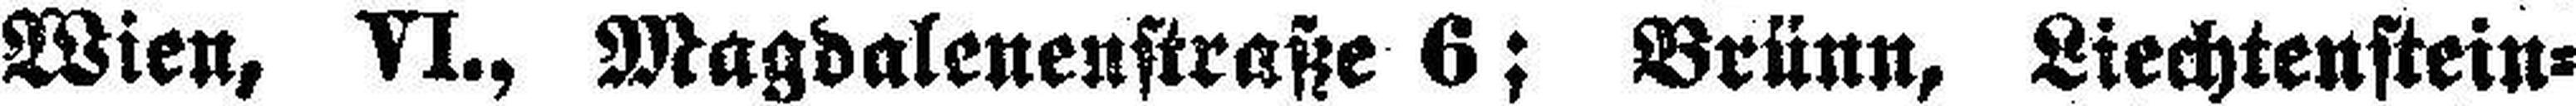
Wien, VI., Magdalenenstraße 6; Brünn, Liechtenstein¬